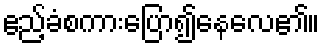
ဧည့်ခံစကားပြော၍နေလေ၏။